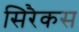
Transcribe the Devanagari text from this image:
सिरैकस